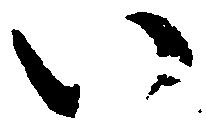
い